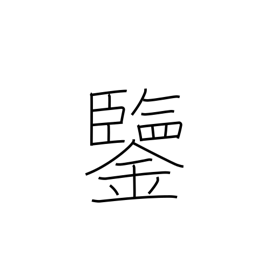
Meaning: example